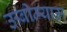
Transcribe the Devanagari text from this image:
ऊबीम्याऊ